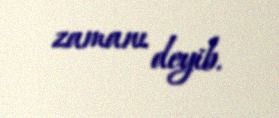
zamanı deyib.